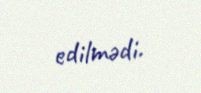
edilmədi.